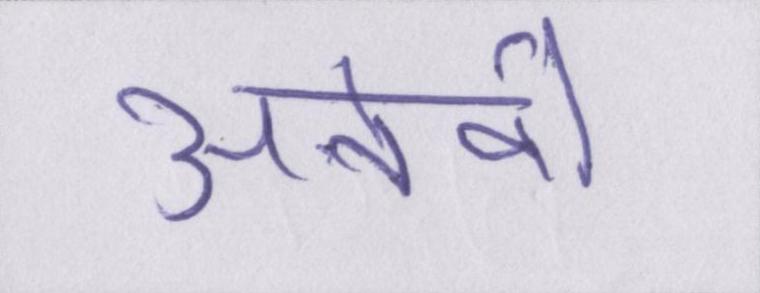
अनेको